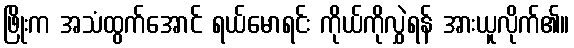
ဖြိုးက အသံထွက်အောင် ရယ်မောရင်း ကိုယ်ကိုလွှဲရန် အားယူလိုက်၏။